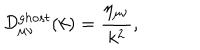
LaTeX: { \cal D } _ { { \mu } { \nu } } ^ { g h o s t } ( k ) = \frac { \eta _ { { \mu } { \nu } } } { k ^ { 2 } } ,